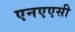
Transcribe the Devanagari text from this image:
एनएएसी